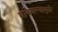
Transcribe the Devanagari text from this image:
थांबवल्यामुळे